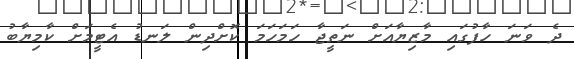
ދެ ވަނަ ހާފުގައި މާޒިޔާއަށް ނަތީޖާ ހަމަހަމަ ކޮށްދިން ލަނޑު އެޓީމަށް ކާމިޔާބު